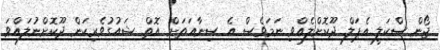
ޖޯން ސްކަލީ އެޕަލް ދޫކޮށްލެއްވި ނަމަވެސް އެ ސިނާއަތަށް އޮތް ޝައުގުވެރިކަން ދޫކޮށްނުލައްވަ